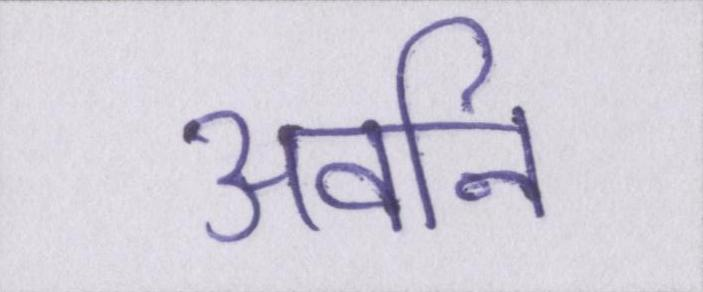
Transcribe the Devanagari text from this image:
अवनि